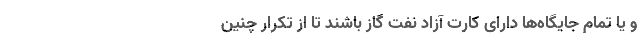
و یا تمام جایگاه‌ها دارای کارت آزاد نفت گاز باشند تا از تکرار چنین